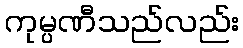
ကုမ္ပဏီသည်လည်း